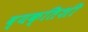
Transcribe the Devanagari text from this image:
व्यक्तिशी